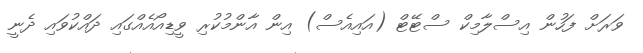
ވަރަށް ފަހުން އިސްލާމިކް ސްޓޭޓް (އައިއެސް) އިން އާންމުކުރި ވީޑިއޯއެއްގައި ދައްކުވައި ދެނީ